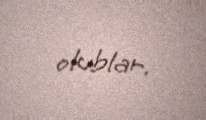
olublar.